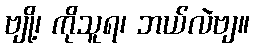
ဗျို့၊ ကိုသူရ၊ ဘယ်လဲဗျ။